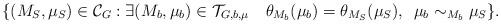
LaTeX: \begin{align*} \{ (M_S, \mu_S) \in \mathcal{C}_G : \exists (M_b, \mu_b) \in \mathcal{T}_{G, b, \mu} \,\ \,\ \theta_{M_b}(\mu_b)=\theta_{M_S}(\mu_S), \,\ \mu_b \sim_{M_b} \mu_S \}.\end{align*}